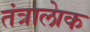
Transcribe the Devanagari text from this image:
तंत्रालेाक